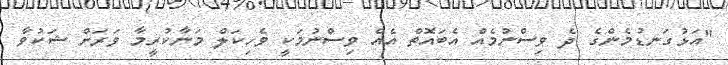
"އަޅުގަނޑުމެންގެ ދެ ވިސްނުމެއް އެބައޮތް އެއް ވިސްނުމަކީ ވެހިކަލް މަނާކުރީމާ ވަރަށް ޝަކުވާ